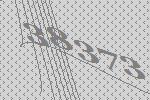
38373